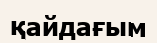
қайдағым